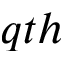
q t h